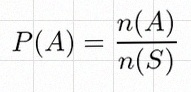
P(A)=\frac{n(A)}{n(S)}